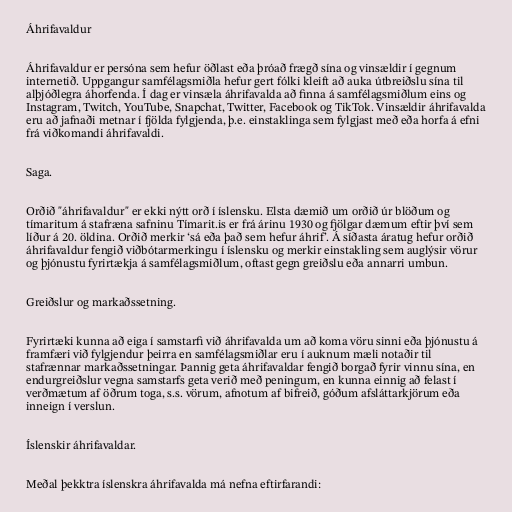
Áhrifavaldur

Áhrifavaldur er persóna sem hefur öðlast eða þróað frægð sína og vinsældir í gegnum
internetið. Uppgangur samfélagsmiðla hefur gert fólki kleift að auka útbreiðslu sína til
alþjóðlegra áhorfenda. Í dag er vinsæla áhrifavalda að finna á samfélagsmiðlum eins og
Instagram, Twitch, YouTube, Snapchat, Twitter, Facebook og TikTok. Vinsældir áhrifavalda
eru að jafnaði metnar í fjölda fylgjenda, þ.e. einstaklinga sem fylgjast með eða horfa á efni
frá viðkomandi áhrifavaldi.

Saga.

Orðið "áhrifavaldur" er ekki nýtt orð í íslensku. Elsta dæmið um orðið úr blöðum og
tímaritum á stafræna safninu Tímarit.is er frá árinu 1930 og fjölgar dæmum eftir því sem
líður á 20. öldina. Orðið merkir ‘sá eða það sem hefur áhrif’. Á síðasta áratug hefur orðið
áhrifavaldur fengið viðbótarmerkingu í íslensku og merkir einstakling sem auglýsir vörur
og þjónustu fyrirtækja á samfélagsmiðlum, oftast gegn greiðslu eða annarri umbun.

Greiðslur og markaðssetning.

Fyrirtæki kunna að eiga í samstarfi við áhrifavalda um að koma vöru sinni eða þjónustu á
framfæri við fylgjendur þeirra en samfélagsmiðlar eru í auknum mæli notaðir til
stafrænnar markaðssetningar. Þannig geta áhrifavaldar fengið borgað fyrir vinnu sína, en
endurgreiðslur vegna samstarfs geta verið með peningum, en kunna einnig að felast í
verðmætum af öðrum toga, s.s. vörum, afnotum af bifreið, góðum afsláttarkjörum eða
inneign í verslun.

Íslenskir áhrifavaldar.

Meðal þekktra íslenskra áhrifavalda má nefna eftirfarandi: